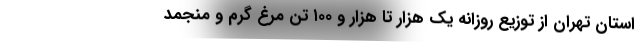
استان تهران از توزیع روزانه یک هزار تا هزار و ۱۰۰ تن مرغ گرم و منجمد